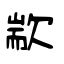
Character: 歂